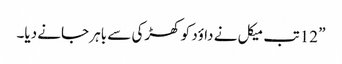
” 12 تب میکل نے داؤد کو کھڑکی سے باہر جانے دیا۔